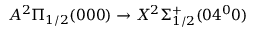
A ^ { 2 } \Pi _ { 1 / 2 } ( 0 0 0 ) \rightarrow X ^ { 2 } \Sigma _ { 1 / 2 } ^ { + } ( 0 4 ^ { 0 } 0 )